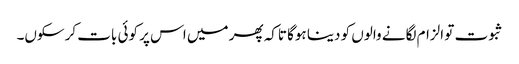
ثبوت تو الزام لگانے والوں کو دینا ہوگا تاکہ پھر میں اس پر کوئی بات کرسکوں۔